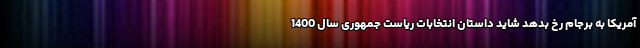
آمریکا به برجام رخ بدهد شاید داستان انتخابات ریاست جمهوری سال 1400